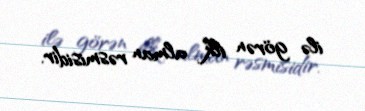
ilə görən ilk alman rəsmisidir.